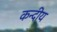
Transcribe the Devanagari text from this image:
कन्दीय